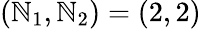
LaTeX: (\mathbb{N}_{1},\mathbb{N}_{2})=(2,2)